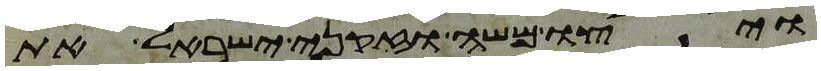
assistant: ויצו משה וזקני ישראל את